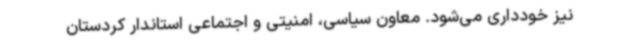
نیز خودداری می‌شود. معاون سیاسی، امنیتی و اجتماعی استاندار کردستان